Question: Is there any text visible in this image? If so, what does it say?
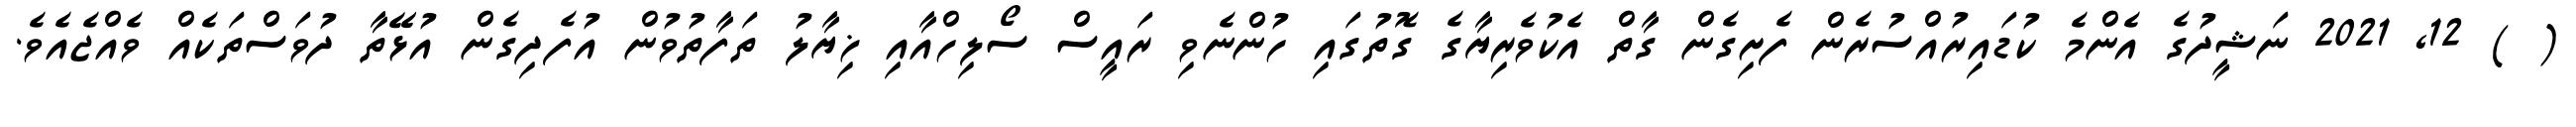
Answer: ( ) 12, 2021 ނަޝީދުގެ އެންމެ ކުޑައިރުއްސުރެން ފެށިގެން ގާތް އެކުވެރިޔާގެ ގޮތުގައި ހުންނެވި ރައީސް ސޯލިހްއާއި ޚިޔާލު ތަފާތުވުން އުފެދިގެން އުޅޭތާ ދުވަސްތަކެއް ވެއްޖެއެވެ.